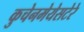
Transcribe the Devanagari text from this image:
कुचेनमेयेसटेरे